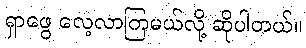
ရှာဖွေ လေ့လာကြမယ်လို့ ဆိုပါတယ်။